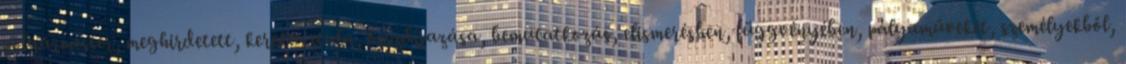
polgármester, meghirdetett, kerekasztala, összdíjazása, bemutatkozás, elismerésben, függvényében, pályaműveket, személyekből,